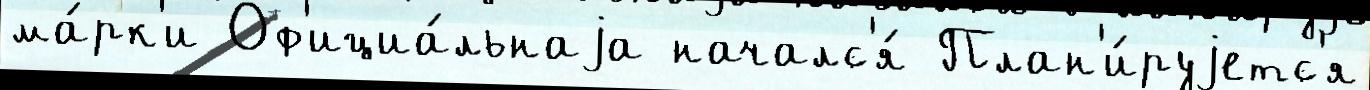
ма́рк'и Оф'ициа́льнаjа началс'я́ План'и́руjетс'я